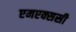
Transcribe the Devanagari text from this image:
एमएक्ससी